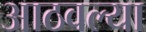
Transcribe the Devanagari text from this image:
आठवल्या